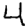
Digit: 4